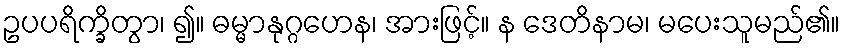
ဥပပရိက္ခိတွာ၊ ၍။ ဓမ္မာနုဂ္ဂဟေန၊ အားဖြင့်။ န ဒေတိနာမ၊ မပေးသူမည်၏။